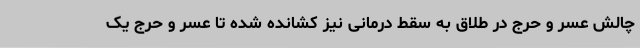
چالش عسر و حرج در طلاق به سقط درمانی نیز کشانده شده تا عسر و حرج یک